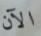
الآن